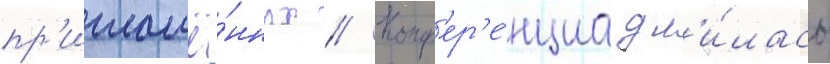
пр'иглашё́нных // Конф'ер'е́нциа дл'и́лась